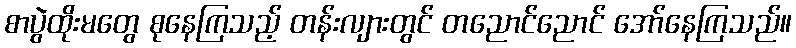
စာပွဲထိုးမတွေ စုနေကြသည့် တန်းလျားတွင် တညောင်ညောင် အော်နေကြသည်။